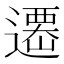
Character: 𨗆